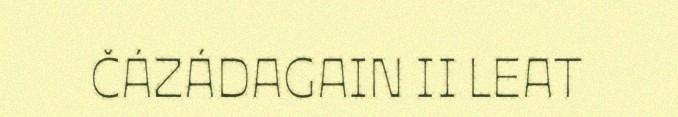
ČÁZÁDAGAIN II LEAT